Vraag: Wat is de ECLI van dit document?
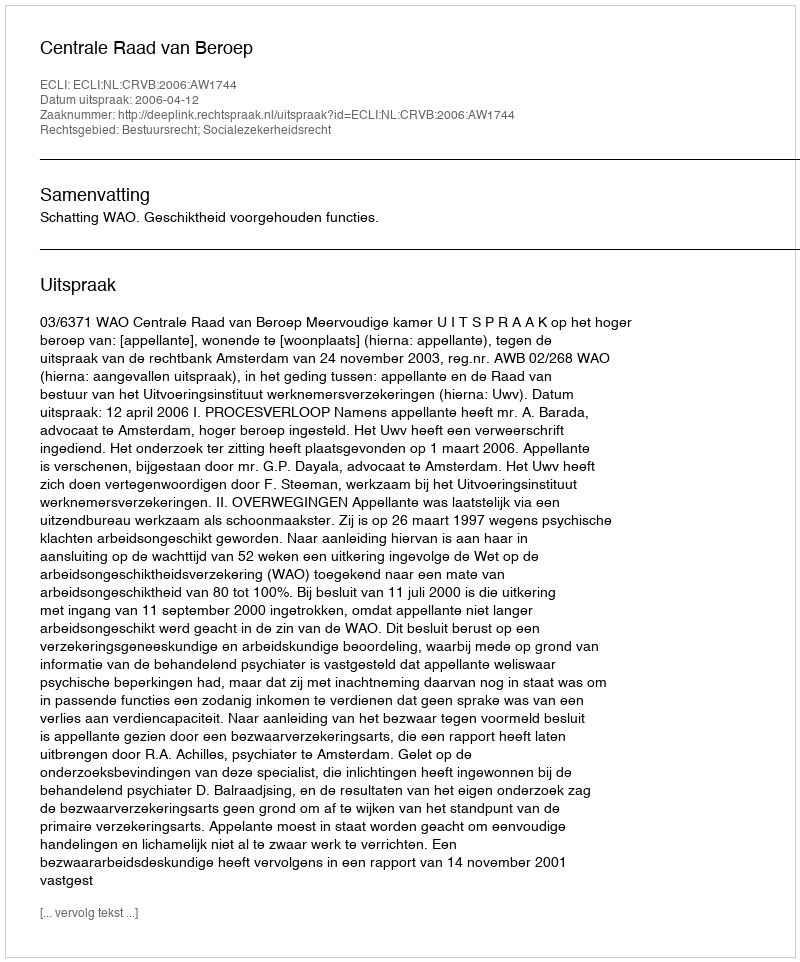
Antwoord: ECLI:NL:CRVB:2006:AW1744